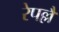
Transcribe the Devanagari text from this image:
रेपल्लै